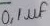
Text: 0,1µF